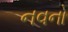
નવનો